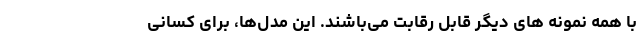
با همه نمونه‌ های دیگر قابل رقابت می‌باشند. این مدل‌ها، برای کسانی